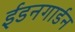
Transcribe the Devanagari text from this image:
ईडनगार्डन